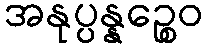
အနုပ္ပန္နဉ္စေဝ